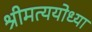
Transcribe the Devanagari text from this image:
श्रीमत्ययोध्या